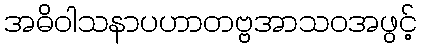
အဓိဝါသနာပဟာတဗ္ဗအာသဝအဖွင့်